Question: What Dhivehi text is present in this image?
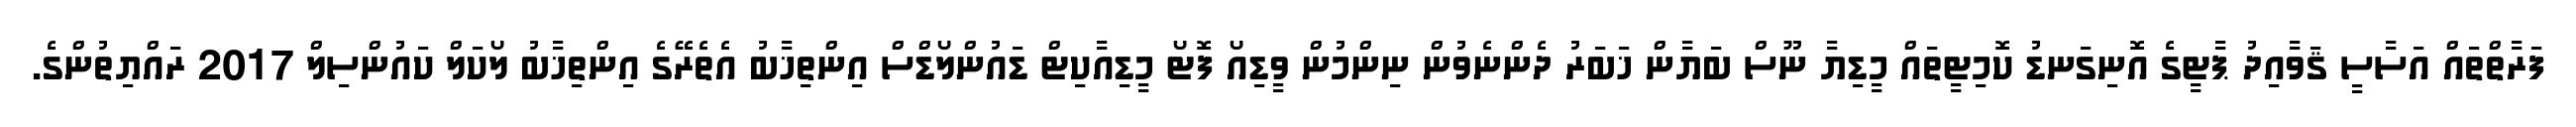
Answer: ފަރާތްތައް އަސާސީ ޤަވާއިދު ޕާޓީގެ އޮނިގަނޑު ކޮމިޓީތައް މީޑިޔާ ނޫސް ބަޔާން ޚަބަރު ދެންނެވުން ނިންމުން ވީޑިއޯ ފޮޓޯ މީޑިއާކިޓް ޑައުންލޯޑްސް އިންތިޚާބު އެތެރޭގެ އިންތިޚާބު ލޯކަލް ކައުންސިލް 2017 ރައްޔިތުންގެ.